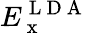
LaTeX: E_{\mathrm{~x~}}^{\mathrm{~L~D~A~}}